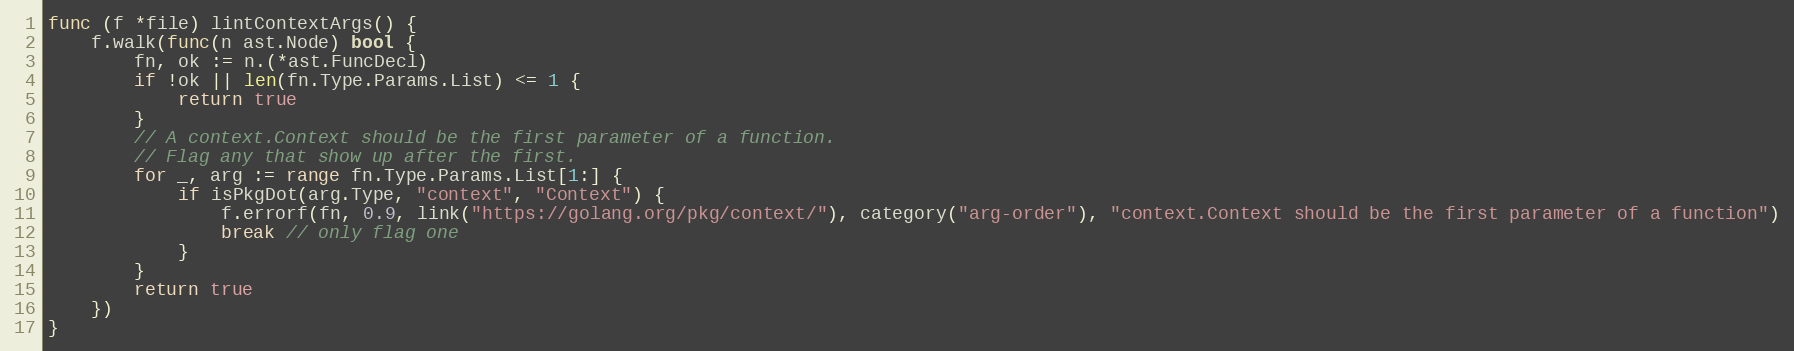
Language: Go
func (f *file) lintContextArgs() {
	f.walk(func(n ast.Node) bool {
		fn, ok := n.(*ast.FuncDecl)
		if !ok || len(fn.Type.Params.List) <= 1 {
			return true
		}
		// A context.Context should be the first parameter of a function.
		// Flag any that show up after the first.
		for _, arg := range fn.Type.Params.List[1:] {
			if isPkgDot(arg.Type, "context", "Context") {
				f.errorf(fn, 0.9, link("https://golang.org/pkg/context/"), category("arg-order"), "context.Context should be the first parameter of a function")
				break // only flag one
			}
		}
		return true
	})
}